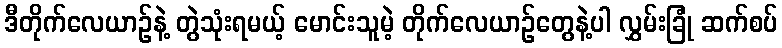
ဒီတိုက်လေယာဉ်နဲ့ တွဲသုံးရမယ့် မောင်းသူမဲ့ တိုက်လေယာဉ်တွေနဲ့ပါ လွှမ်းခြုံ ဆက်စပ်